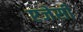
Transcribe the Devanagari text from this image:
एजेसी